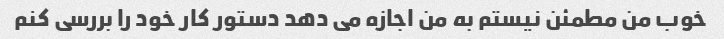
خوب من مطمئن نیستم به من اجازه می دهد دستور کار خود را بررسی کنم